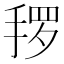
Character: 𱠌